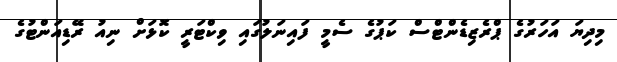
މިދިޔަ އަހަރުގެ ޕްރެޒިޑެންޓްސް ކަޕުގެ ސެމީ ފައިނަލުގައި ވިކްޓަރީ ކޮޅަށް ނިއު ރޭޑިއަންޓުގެ